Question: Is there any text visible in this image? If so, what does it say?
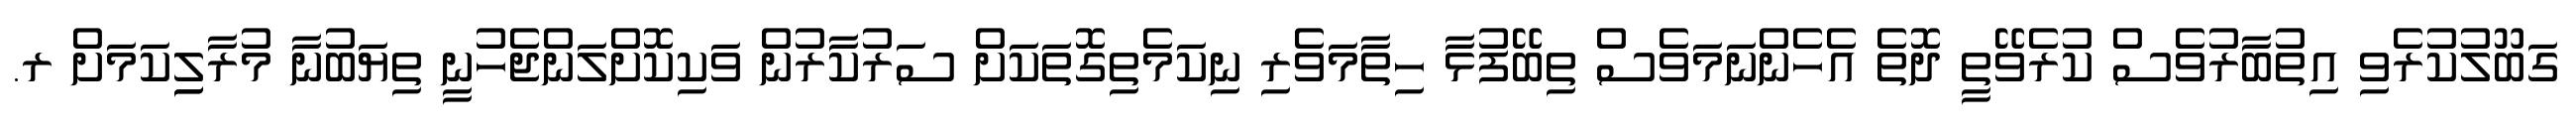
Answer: ގަބޫލުކުރެވި އިތުބާރުވެސް ކުރެވޭތީ ދޮތެ އެހެންނަމަވެސް ތިބޭފުޅާ ހިތާމަވެރި ނިކަމެތިގޮތަކަށް ސަރުކާރުން ވަކިކޮށްލަންޖެހުނީ ތިޔަބުނާ މުރާލިިކަމަށް ރ.